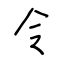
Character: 令